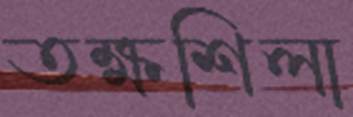
তক্ষশিলা